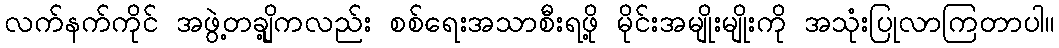
လက်နက်ကိုင် အဖွဲ့တချို့ကလည်း စစ်ရေးအသာစီးရဖို့ မိုင်းအမျိုးမျိုးကို အသုံးပြုလာကြတာပါ။